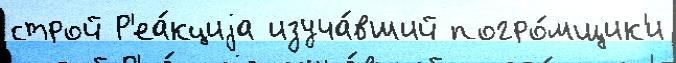
строй Р'еа́кциjа изуча́вший погро́мщик'и